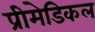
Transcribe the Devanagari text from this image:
प्रीमेडिकल